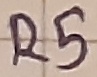
Text: R5